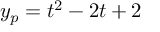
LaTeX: y _ { p } = t ^ { 2 } - 2 t + 2